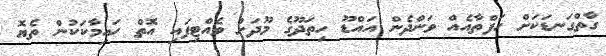
ގާތްގަނޑަކަށް ހަފްތާއެއް ވަންދެން އައްޑޫ ހިތަދޫގެ މޫދަށް ވެއްޓިފައި އޮތް ހައިމާކަކުން ތެޔޮ